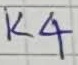
Text: K4